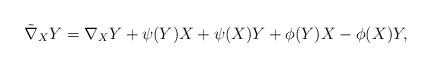
LaTeX: \begin{align*}\tilde{\nabla}_{X}Y={\nabla}_{X}Y+\psi(Y)X+\psi(X)Y+\phi(Y)X-\phi(X)Y,\end{align*}